Vaccination in the Punjab 1883-1896 - 1883-1896
Year: 1883
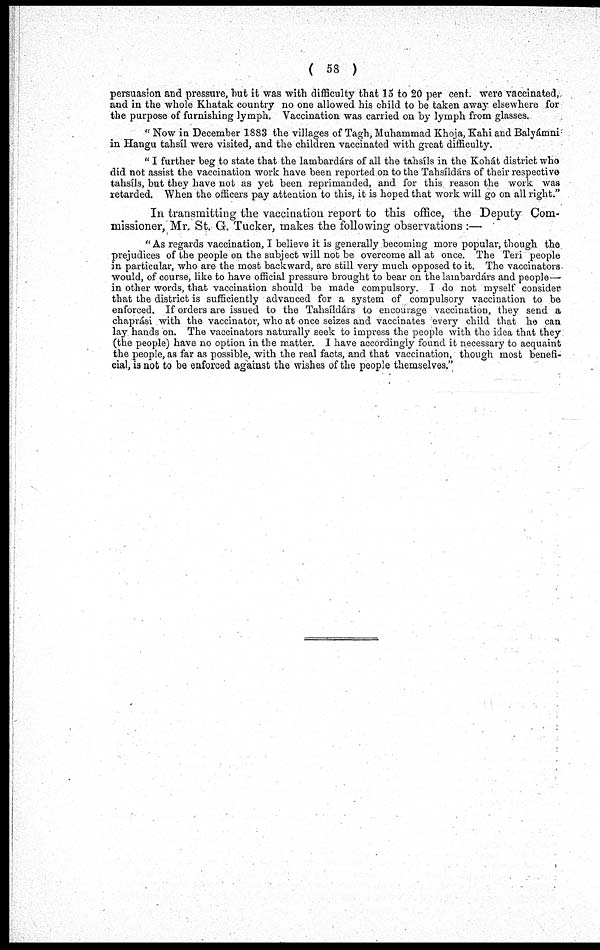
( 58 )
persuasion and pressure, but it was with difficulty that 15 to 20 per cent. were vaccinated,
and in the whole Khatak country no one allowed his child to be taken away elsewhere for
the purpose of furnishing lymph. Vaccination was carried on by lymph from glasses.
"Now in December 1883 the villages of Tagh, Muhammad Khoja, Kahi and Balyámni
in Hangu tahsíl were visited, and the children vaccinated with great difficulty.
"I further beg to state that the lambardárs of all the tahsíls in the Kohát district who
did not assist the vaccination work have been reported on to the Tahsildárs of their respective
tahsíls, but they have not as yet been reprimanded, and for this reason the work was
retarded. When the officers pay attention to this, it is hoped that work will go on all right."
In transmitting the vaccination report to this office, the Deputy Com-
missioner, Mr. St. G. Tucker, makes the following observations :—
"As regards vaccination, I believe it is generally becoming more popular, though the
prejudices of the people on the subject will not be overcome all at once. The Teri people
in particular, who are the most backward, are still very much opposed to it. The vaccinators
would, of course, like to have official pressure brought to bear on the lambardárs and people—
in other words, that vaccination should be made compulsory. I do not myself consider
that the district is sufficiently advanced for a system of compulsory vaccination to be
enforced. If orders are issued to the Tahsíldárs to encourage vaccination, they send a
chaprási with the vaccinator, who at once seizes and vaccinates every child that he can
lay hands on. The vaccinators naturally seek to impress the people with the idea that they
(the people) have no option in the matter. I have accordingly found it necessary to acquaint
the people, as far as possible, with the real facts, and that vaccination, though most benefi-
cial, is not to be enforced against the wishes of the people themselves."